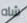
شاه